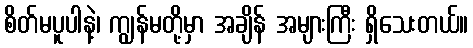
စိတ်မပူပါနဲ့၊ ကျွန်မတို့မှာ အချိန် အများကြီး ရှိသေးတယ်။